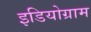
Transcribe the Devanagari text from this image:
इडियोग्राम